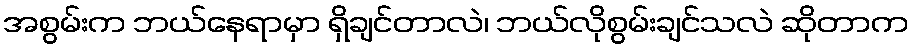
အစွမ်းက ဘယ်နေရာမှာ ရှိချင်တာလဲ၊ ဘယ်လိုစွမ်းချင်သလဲ ဆိုတာက